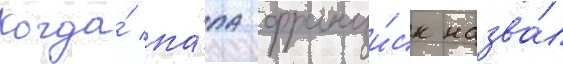
Когда́ па́па франци́ск назва́л